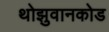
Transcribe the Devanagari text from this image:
थोझुवानकोड